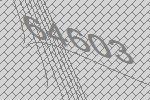
64603